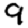
Digit: 9